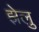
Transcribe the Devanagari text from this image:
झेलु